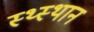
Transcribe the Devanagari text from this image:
स्‍थ्‍स्थान